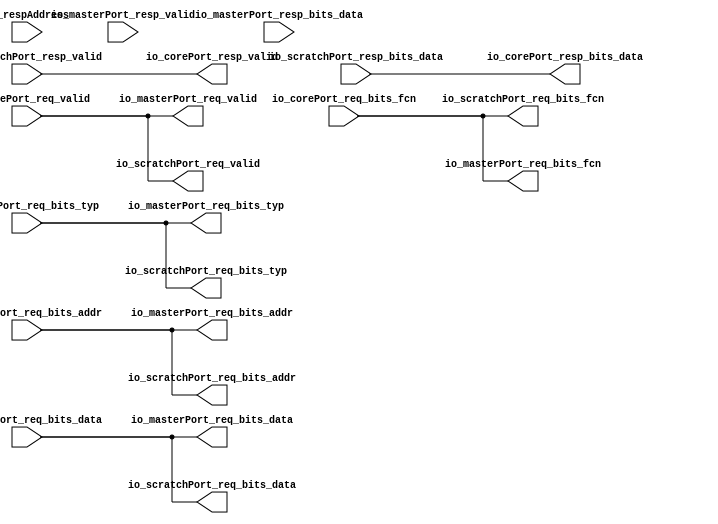
module SodorRequestRouter_1stage(
  output        io_masterPort_req_valid,
  output [31:0] io_masterPort_req_bits_addr,
  output [31:0] io_masterPort_req_bits_data,
  output        io_masterPort_req_bits_fcn,
  output [2:0]  io_masterPort_req_bits_typ,
  input         io_masterPort_resp_valid,
  input  [31:0] io_masterPort_resp_bits_data,
  output        io_scratchPort_req_valid,
  output [31:0] io_scratchPort_req_bits_addr,
  output [31:0] io_scratchPort_req_bits_data,
  output        io_scratchPort_req_bits_fcn,
  output [2:0]  io_scratchPort_req_bits_typ,
  input         io_scratchPort_resp_valid,
  input  [31:0] io_scratchPort_resp_bits_data,
  input         io_corePort_req_valid,
  input  [31:0] io_corePort_req_bits_addr,
  input  [31:0] io_corePort_req_bits_data,
  input         io_corePort_req_bits_fcn,
  input  [2:0]  io_corePort_req_bits_typ,
  output        io_corePort_resp_valid,
  output [31:0] io_corePort_resp_bits_data,
  input  [31:0] io_respAddress
);
  wire [31:0] _in_range_T = io_corePort_req_bits_addr ^ 32'h80000000; // @[Parameters.scala 137:31]
  wire [32:0] _in_range_T_1 = {1'b0,$signed(_in_range_T)}; // @[Parameters.scala 137:49]
  wire [32:0] _in_range_T_3 = $signed(_in_range_T_1) & -33'sh40000; // @[Parameters.scala 137:52]
  wire  in_range = $signed(_in_range_T_3) == 33'sh0; // @[Parameters.scala 137:67]
  wire [31:0] _resp_in_range_T = io_respAddress ^ 32'h80000000; // @[Parameters.scala 137:31]
  wire [32:0] _resp_in_range_T_1 = {1'b0,$signed(_resp_in_range_T)}; // @[Parameters.scala 137:49]
  wire [32:0] _resp_in_range_T_3 = $signed(_resp_in_range_T_1) & -33'sh40000; // @[Parameters.scala 137:52]
  wire  resp_in_range = $signed(_resp_in_range_T_3) == 33'sh0; // @[Parameters.scala 137:67]
  assign io_masterPort_req_valid = io_corePort_req_valid;// & ~in_range; // @[scratchpad_adapter.scala 90:52]
  assign io_masterPort_req_bits_addr = io_corePort_req_bits_addr; // @[scratchpad_adapter.scala 86:26]
  assign io_masterPort_req_bits_data = io_corePort_req_bits_data; // @[scratchpad_adapter.scala 86:26]
  assign io_masterPort_req_bits_fcn = io_corePort_req_bits_fcn; // @[scratchpad_adapter.scala 86:26]
  assign io_masterPort_req_bits_typ = io_corePort_req_bits_typ; // @[scratchpad_adapter.scala 86:26]
  assign io_scratchPort_req_valid = io_corePort_req_valid;// & in_range; // @[scratchpad_adapter.scala 91:53]
  assign io_scratchPort_req_bits_addr = io_corePort_req_bits_addr; // @[scratchpad_adapter.scala 87:27]
  assign io_scratchPort_req_bits_data = io_corePort_req_bits_data; // @[scratchpad_adapter.scala 87:27]
  assign io_scratchPort_req_bits_fcn = io_corePort_req_bits_fcn; // @[scratchpad_adapter.scala 87:27]
  assign io_scratchPort_req_bits_typ = io_corePort_req_bits_typ; // @[scratchpad_adapter.scala 87:27]
  assign io_corePort_resp_valid = io_scratchPort_resp_valid;//resp_in_range ? io_scratchPort_resp_valid : io_masterPort_resp_valid; // @[scratchpad_adapter.scala 98:32]
  assign io_corePort_resp_bits_data = io_scratchPort_resp_bits_data;//resp_in_range ? io_scratchPort_resp_bits_data : io_masterPort_resp_bits_data; // @[scratchpad_adapter.scala 97:31]
endmodule